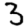
Digit: 3